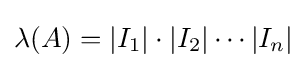
\lambda (A)=|I_{1}|\cdot |I_{2}|\cdots |I_{n}|